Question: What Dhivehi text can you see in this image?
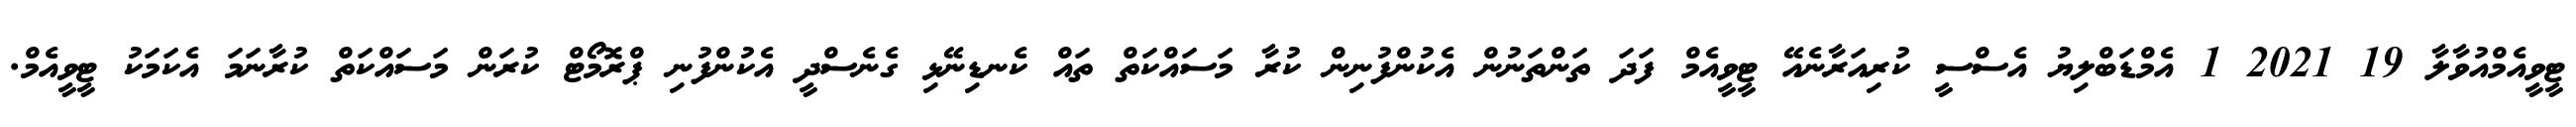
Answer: ޓީވީއެމްއުވާލާ 19 2021 1 އެމްޑަބްލިޔު އެސްސީ ކުރިއަރާނެއޭ ޓީވީއެމް ފަދަ ތަންތަނުން އެކުންފުނިން ކުރާ މަސައްކަތް ތައް ކެނޑިނޭޅި ގެނެސްދީ އެކުންފުނި ޕްރޮމޯޓް ކުރަން މަސައްކަތް ކުރާނަމަ އެކަމަކު ޓީވީއެމް.